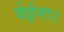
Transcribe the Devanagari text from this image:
येईना।